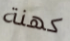
كهنة